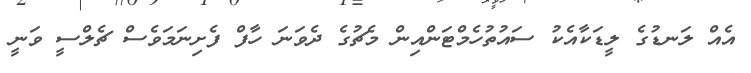
އެއް ލަނޑުގެ ލީޑަކާއެކު ސައުތުހެމްޓަންއިން މެޗުގެ ދެވަނަ ހާފް ފެށިނަމަވެސް ޗެލްސީ ވަނީ